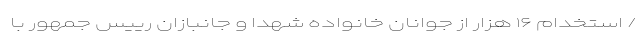
/ استخدام ۱۶ هزار از جوانان خانواده شهدا و جانبازان رییس جمهور با